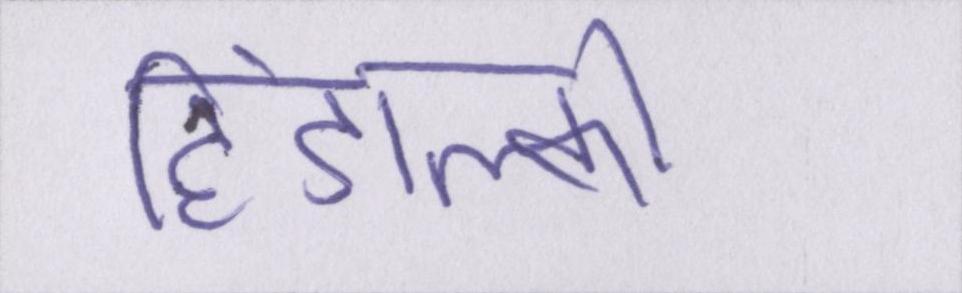
हिंडाल्को